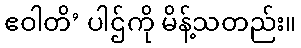
ဧဝါတိ’ ပါဌ်ကို မိန့်သတည်း။